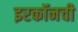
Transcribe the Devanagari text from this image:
इरकॉनची